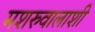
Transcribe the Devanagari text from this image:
मशरुवालाशी